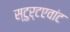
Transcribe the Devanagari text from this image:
स्टुर्टएवांट